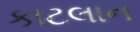
કાટલાન